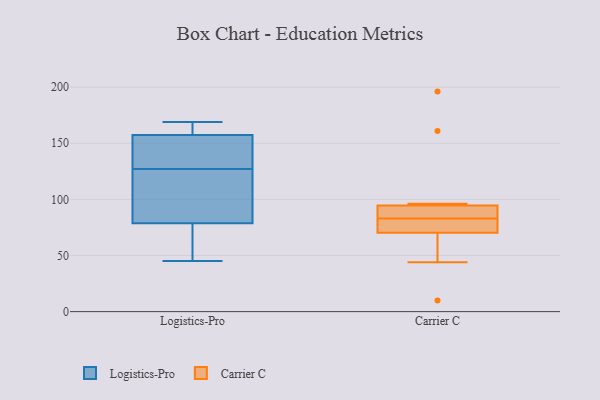
{"axis": {"x": "LTV (USD)", "y": "Value"}, "legend": ["Carrier C", "Logistics-Pro"], "data": [{"x": "", "y": 169, "type": "Logistics-Pro"}, {"x": "", "y": 65, "type": "Logistics-Pro"}, {"x": "", "y": 162, "type": "Logistics-Pro"}, {"x": "", "y": 164, "type": "Logistics-Pro"}, {"x": "", "y": 45, "type": "Logistics-Pro"}, {"x": "", "y": 90, "type": "Logistics-Pro"}, {"x": "", "y": 109, "type": "Logistics-Pro"}, {"x": "", "y": 127, "type": "Logistics-Pro"}, {"x": "", "y": 75, "type": "Logistics-Pro"}, {"x": "", "y": 143, "type": "Logistics-Pro"}, {"x": "", "y": 131, "type": "Logistics-Pro"}, {"x": "", "y": 68, "type": "Carrier C"}, {"x": "", "y": 96, "type": "Carrier C"}, {"x": "", "y": 44, "type": "Carrier C"}, {"x": "", "y": 83, "type": "Carrier C"}, {"x": "", "y": 77, "type": "Carrier C"}, {"x": "", "y": 90, "type": "Carrier C"}, {"x": "", "y": 196, "type": "Carrier C"}, {"x": "", "y": 10, "type": "Carrier C"}, {"x": "", "y": 84, "type": "Carrier C"}, {"x": "", "y": 78, "type": "Carrier C"}, {"x": "", "y": 161, "type": "Carrier C"}]}